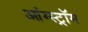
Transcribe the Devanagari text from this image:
आंग्स्ट्रॉम